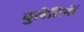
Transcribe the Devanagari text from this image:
बुलेटिनों